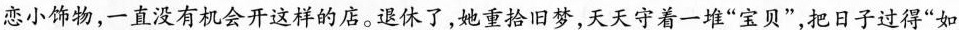
恋小饰物,一直没有机会开这样的店。退休了,她俺拾旧梦,天天守着一堆“宝贝”把日子过得“如